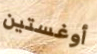
أوغستين